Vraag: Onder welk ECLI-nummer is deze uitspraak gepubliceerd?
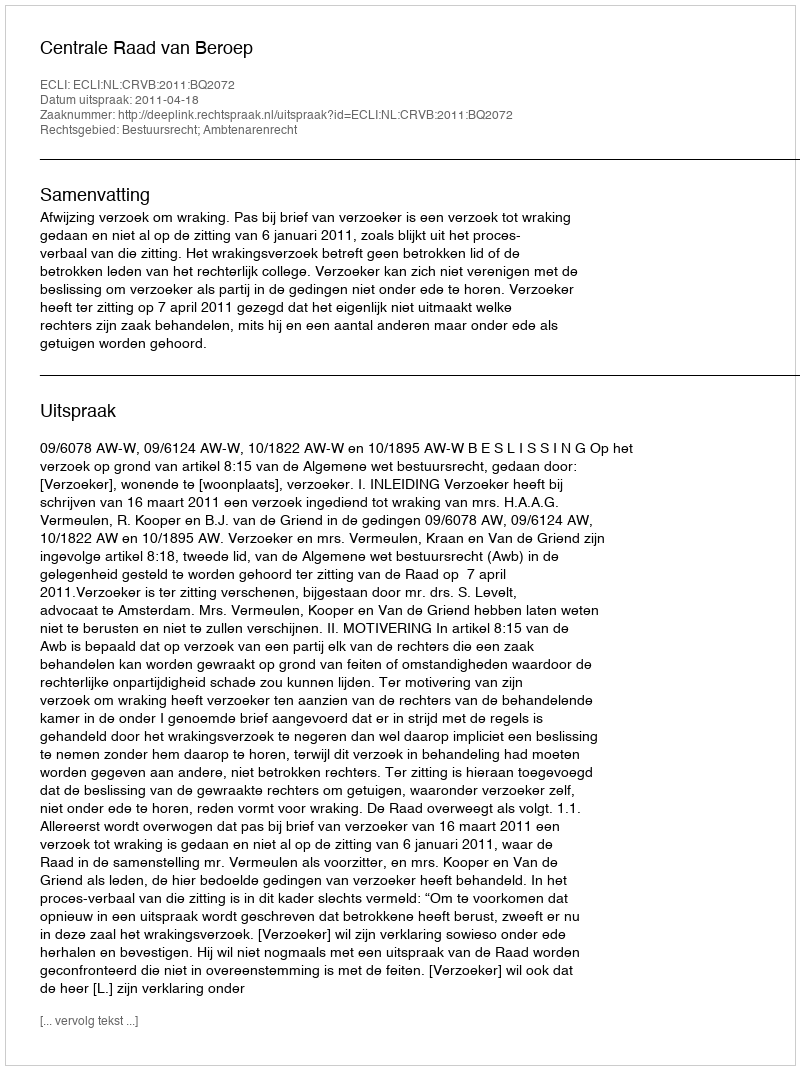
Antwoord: ECLI:NL:CRVB:2011:BQ2072